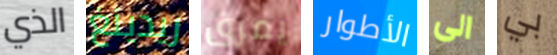
الذي ريدينغ يمزق الأطوار الى بي